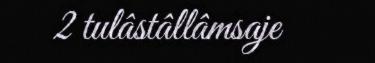
2 tulâstâllâmsaje